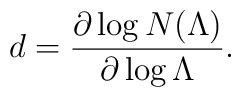
d = \frac{\partial \log N(\Lambda)}{\partial \log \Lambda}.